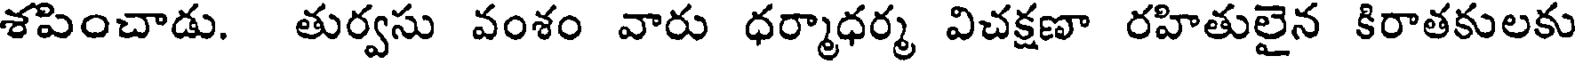
శపించాడు. తుర్వసు వంశం వారు ధర్మాధర్మ విచక్షణా రహితులైన కిరాతకులకు